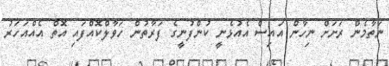
ނަތާމެން ރަށަށް ނިހާން އައިސް އެއުޅެނީ ކުންފުނީގެ ފަރާތުން ހަވާލްކޮއްފައި އޮތް އެއްއަހަރު